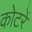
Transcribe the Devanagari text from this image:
कोटरें